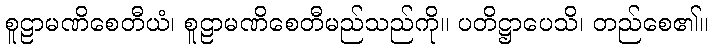
စူဠာမဏိစေတီယံ၊ စူဠာမဏိစေတီမည်သည်ကို။ ပတိဋ္ဌာပေသိ၊ တည်စေ၏။